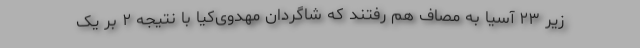
زیر ۲۳ آسیا به مصاف هم رفتند که شاگردان مهدوی‌کیا با نتیجه ۲ بر یک